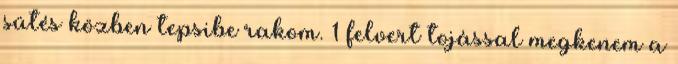
sütés közben tepsibe rakom. 1 felvert tojással megkenem a